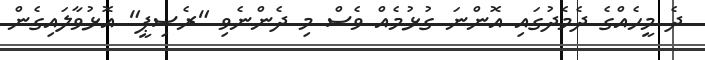
ދެ މީހެއްގެ ދެމެދުގައި އޮންނަ ގުޅުމެއް ވެސް މި ދެންނެވި "ރެސިޕީ" އޮޅުވާލައިގެން